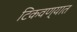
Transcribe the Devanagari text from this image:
टिकवण्यात